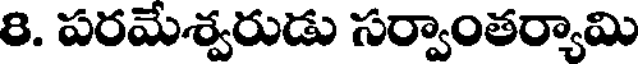
8. పరమేశ్వరుడు సర్వాంతర్యామి